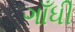
ગાઁધી